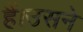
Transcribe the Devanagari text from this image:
हैं।उसने